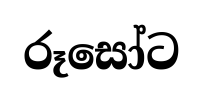
රූසෝට